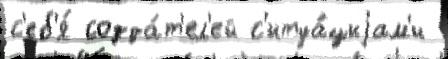
с'еб'я́ созда́т'ел'ей с'итуа́циjам'и